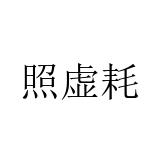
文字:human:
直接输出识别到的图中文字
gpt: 照虚耗